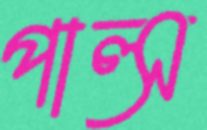
পাল্স